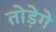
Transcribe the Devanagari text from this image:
तोड़ेगे